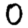
Digit: 0